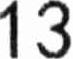
13